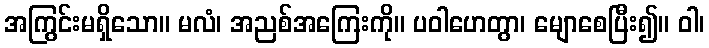
အကြွင်းမရှိသော။ မလံ၊ အညစ်အကြေးကို။ ပဝါဟေတွာ၊ မျောစေပြီး၍။ ဝါ၊